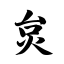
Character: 炱